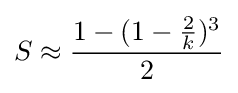
S\approx {\frac {1-(1-{\frac {2}{k}})^{3}}{2}}